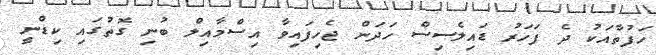
ހަފުތާއަކު ދެ ފަހަރު ޑައިލެސިސް ހަދަން ޖެހިފައިވާ އިސްމާއިލް ބުނި ގޮތުގައި ކިޑްނީ